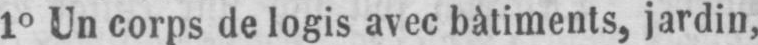
10 Un corps de logis avec bàtiments, jardin,